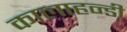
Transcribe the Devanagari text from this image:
कालाहन्डी